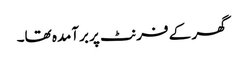
گھر کے فرنٹ پر برآمدہ تھا۔